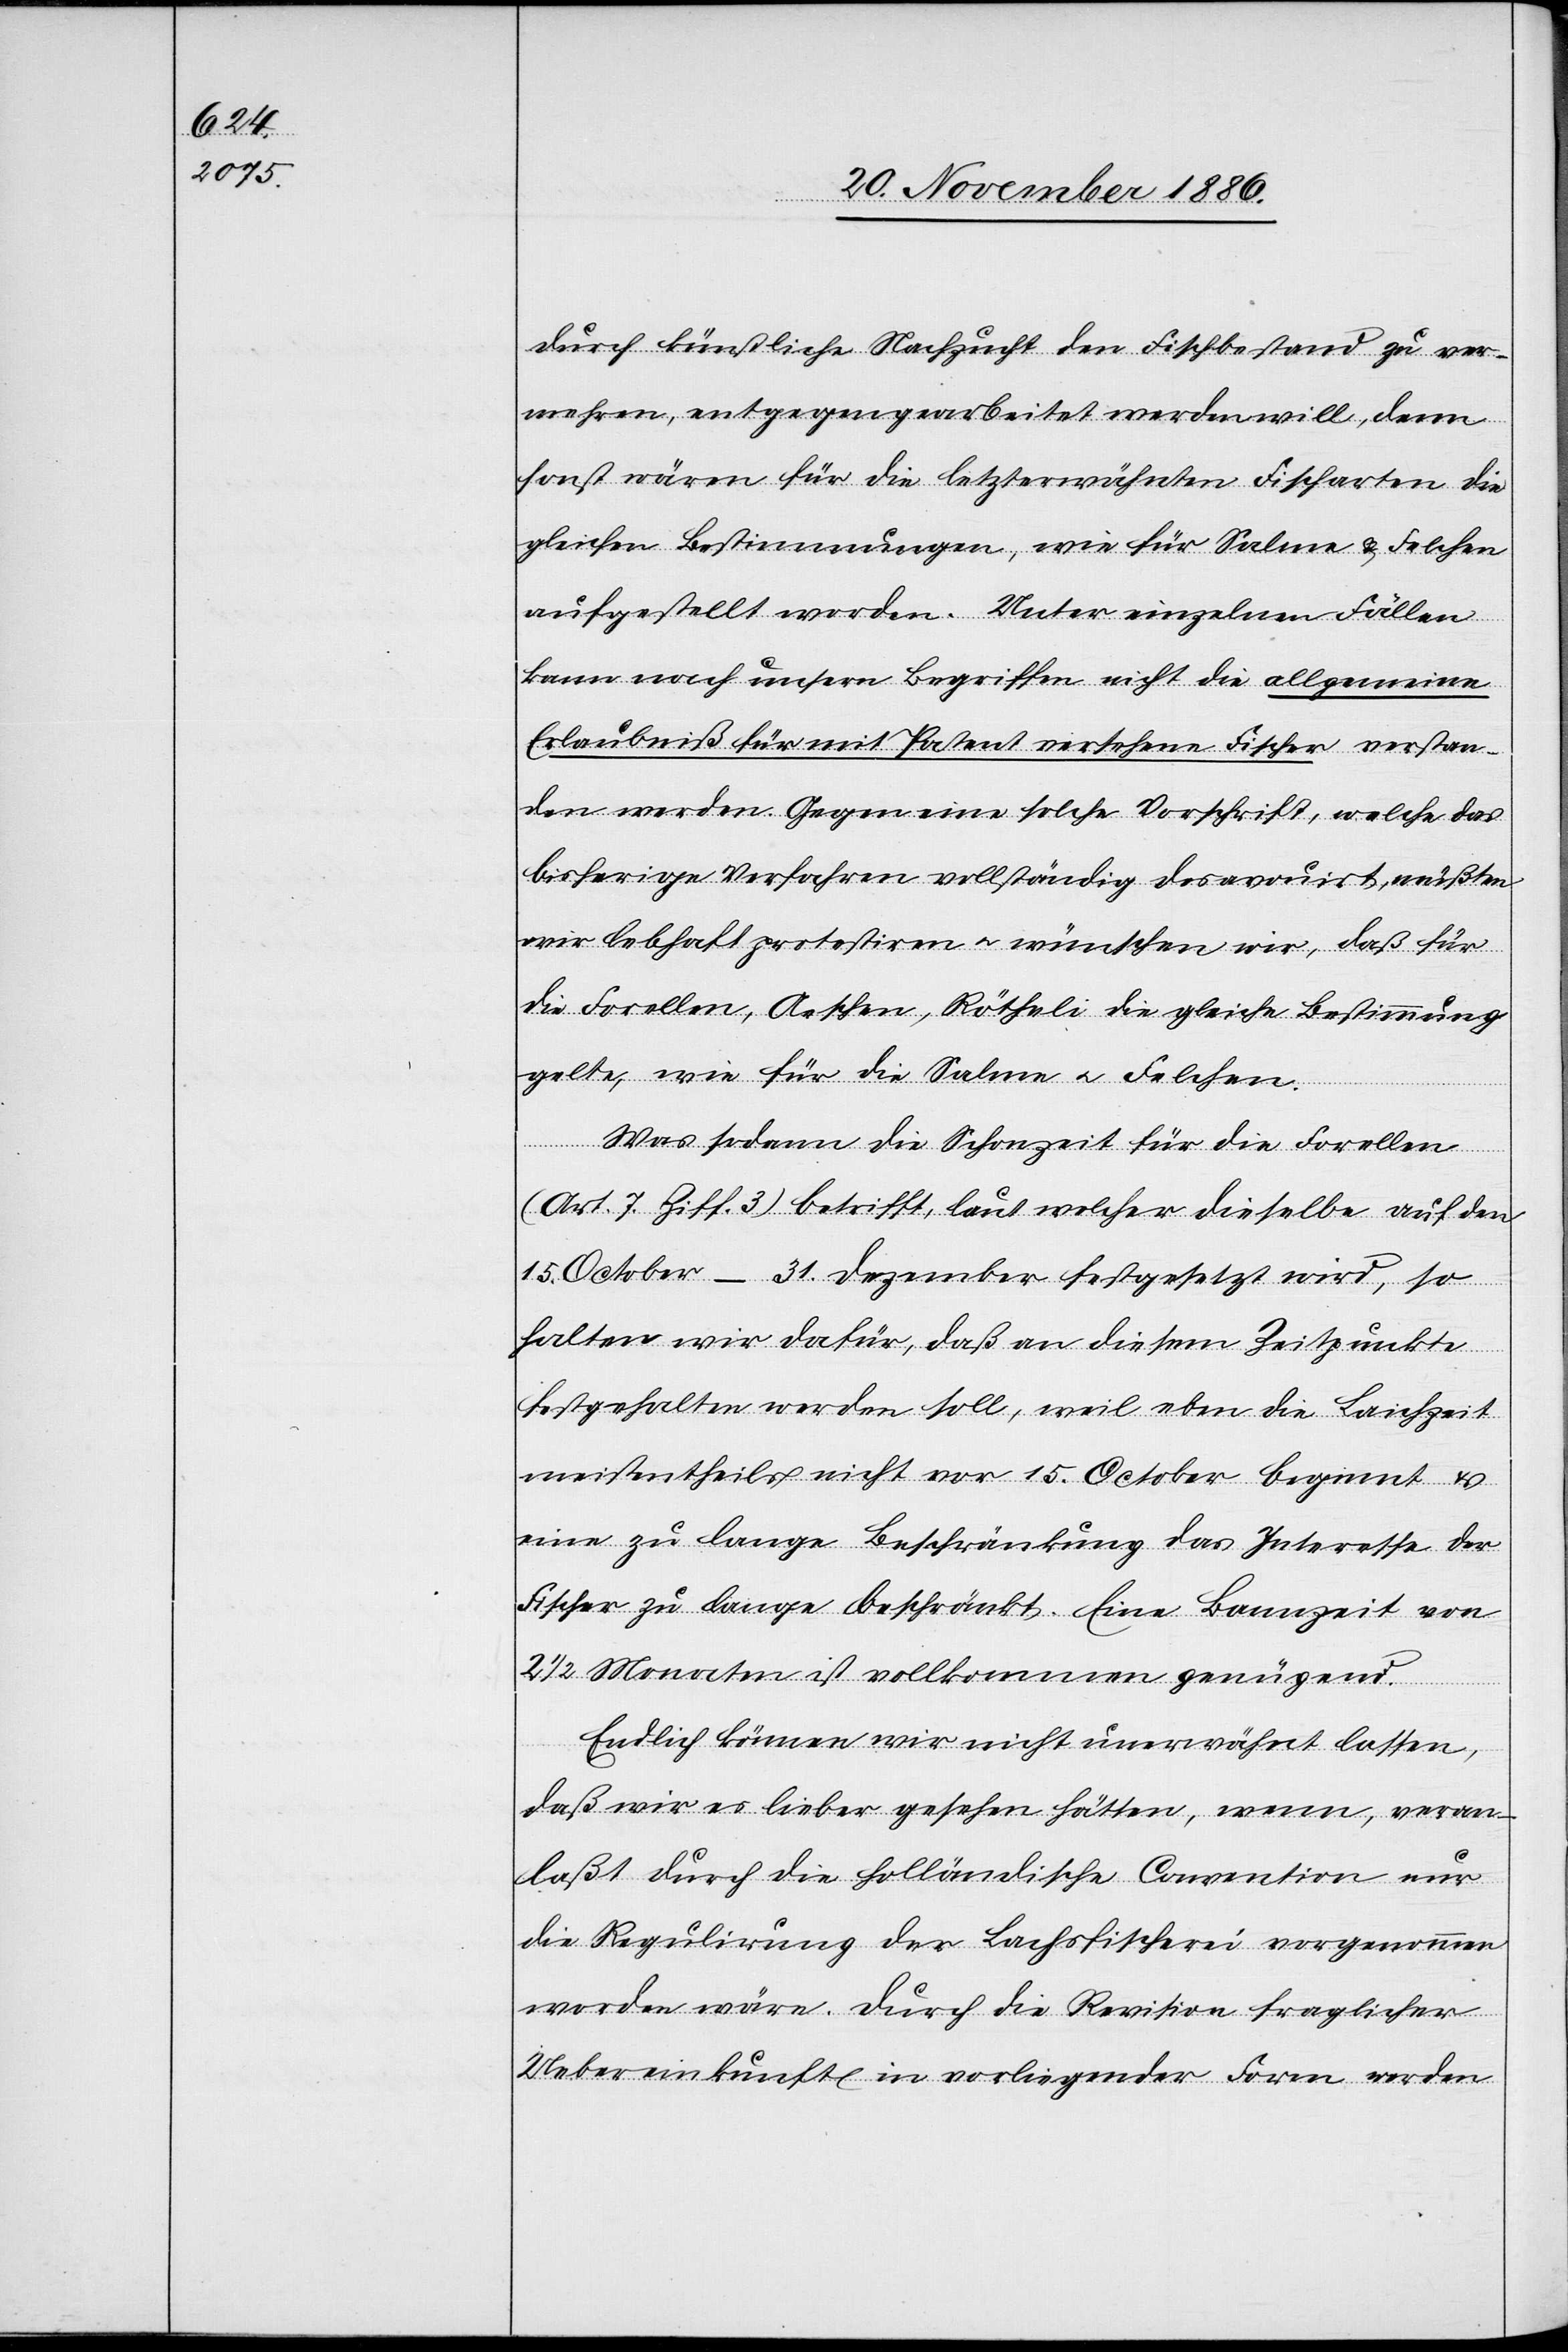
durch künstliche Nachzucht den Fischbestand zu ver¬
wehren, entgegengearbeitet werden will, denn
sonst wären für die letzterwähnten Fischarten die
gleichen Bestimmungen, wie für Salme & Felchen
aufgestellt worden. Unter einzelnen Fällen
kann nach unsern Begriffen nicht die allgemeine
Erlaubniß für mit Patent versehene Fischer verstan¬
den werden. Gegen eine solche Vorschrift, welche das
bisherige Verfahren vollständig desavouirt, müßten
wir lebhaft protestiren & wünschen wir, daß für
die Forellen, Aeschen, Rötheli die gleiche Bestimmung
gelte, wie für die Salme & Felchen.
Was sodann die Schonzeit für die Forellen
(Art. 7 Ziff. 3) betrifft, laut welcher dieselbe auf den
15. October–31. Dezember festgesetzt wird, so
halten wir dafür, daß an diesem Zeitpunkte
festgehalten werden soll, weil eben die Laichzeit
meistentheils nicht vor 15. October beginnt &
eine zu lange Beschränkung das Interesse der
Fischer zu lange beschränkt. Eine Bannzeit von
1/2 Monaten ist vollkommen genügend.
Endlich können wir nicht unerwähnt lassen,
daß wir es lieber gesehen hätten, wenn, veran¬
laßt durch die holländische Convention nur
die Regulirung der Lachsfischerei vorgenommen
worden wäre. Durch die Revision fraglicher
Uebereinkunft in vorliegender Form werden